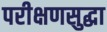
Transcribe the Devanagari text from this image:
परीक्षणसुद्धा